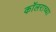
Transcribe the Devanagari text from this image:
कॉलराच्या